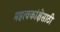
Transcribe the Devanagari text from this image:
महत्वकांक्षेसाठी